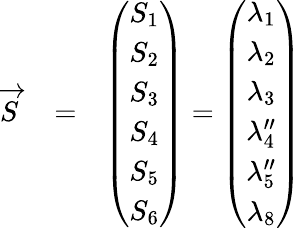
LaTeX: \begin{array}{rlr}{\overrightarrow{S}}&{{}=}&{\left(\begin{array}{c}{S_{1}}\\ {S_{2}}\\ {S_{3}}\\ {S_{4}}\\ {S_{5}}\\ {S_{6}}\end{array}\right)=\left(\begin{array}{c}{\lambda_{1}}\\ {\lambda_{2}}\\ {\lambda_{3}}\\ {\lambda_{4}^{\prime\prime}}\\ {\lambda_{5}^{\prime\prime}}\\ {\lambda_{8}}\end{array}\right)}\end{array}